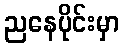
ညနေပိုင်းမှာ